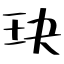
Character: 玦